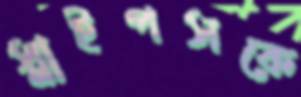
স্নাইপসকে